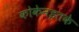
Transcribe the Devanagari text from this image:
कोकेनइतके